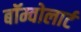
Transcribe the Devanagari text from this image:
बॉम्वोलार्ट